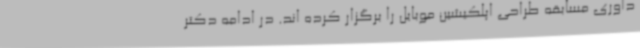
داوری مسابقه طراحی اپلکیشین موبایل را برگزار کرده اند. در ادامه دکتر